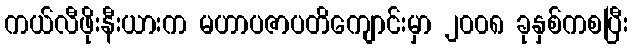
ကယ်လီဖိုးနီးယားက မဟာပဇာပတိကျောင်းမှာ ၂၀၀၈ ခုနှစ်ကစပြီး